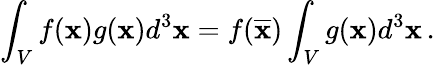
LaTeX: \int_{V}f({\mathbf x})g({\mathbf x})d^{3}{\mathbf x}=f(\overline{{{\mathbf x}}})\int_{V}g({\mathbf x})d^{3}{\mathbf x}\, .